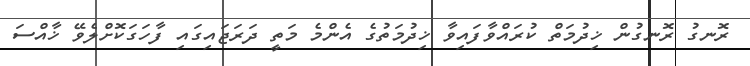
ރޮނގު ރޮނގުން ޚިދުމަތް ކުރައްވާފައިވާ ޚިދުމަތުގެ އެންމެ މަތީ ދަރަޖައިގައި ފާހަގަކޮށްލެވޭ ޚާއްސަ